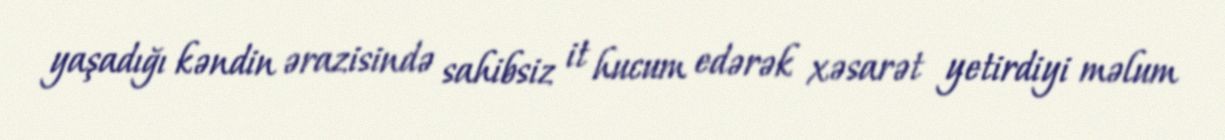
yaşadığı kəndin ərazisində sahibsiz it hucum edərək xəsarət yetirdiyi məlum